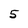
Character: 5